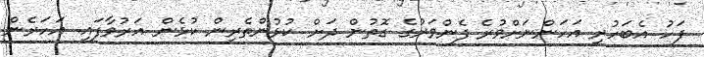
ފަހު އެބަހުރި އަހަންނަށްވުރެ ފެންވަރުގެ ގޮތުން ދަށް ކުޅުންތެރިން ކުޅެން އަރުވާފައި. އަހަރެން